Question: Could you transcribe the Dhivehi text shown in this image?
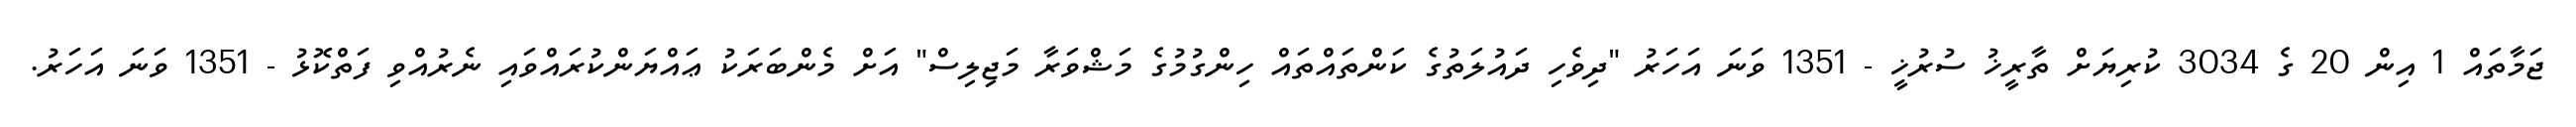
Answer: ޖަމާތައް 1 އިން 20 ގެ 3034 ކުރިޔަށް ތާރީޚު ސުރުޚީ - 1351 ވަނަ އަހަރު "ދިވެހި ދައުލަތުގެ ކަންތައްތައް ހިންގުމުގެ މަޝްވަރާ މަޖިލިސް" އަށް މެންބަރަކު ޢައްޔަންކުރައްވައި ނެރުއްވި ފަތްކޮޅު - 1351 ވަނަ އަހަރު.